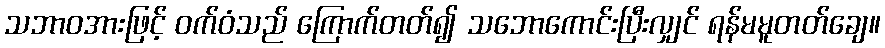
သဘာဝအားဖြင့် ဝက်ဝံသည် ကြောက်တတ်၍ သဘောကောင်းပြီးလျှင် ရန်မမူတတ်ချေ။